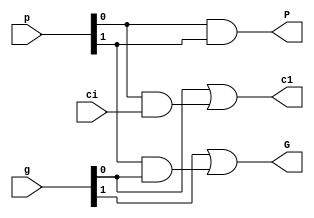
module CLA_B(
    input [1:0] p,
    input [1:0] g,
    input 	ci,
    output 	P,
    output      G,
    output 	c1	
);

   assign P = p[0]&p[1];
   assign G = g[1]|(p[1]&g[0]);
   assign c1 = g[0]|(p[0]&ci);
   
   
endmodule